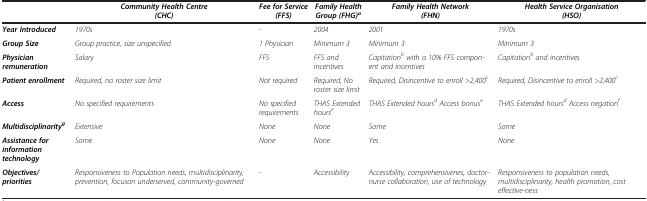
|  | Community Health Centre (CHC) | Fee for Service (FFS) | Family Health Group (FHG)a | Family Health Network (FHN) | Health Service Organisation (HSO) |
 | --- | --- | --- | --- | --- | --- |
 | Year Introduced | 1970s | - | 2004 | 2001 | 1970s |
 | Group Size | Group practice, size unspecified | 1 Physician | Minimum 3 | Minimum 3 | Minimum 3 |
 | Physician remuneration | Salary | FFS | FFS and incentives | Capitationbwith a 10% FFS compon-ent and incentives | Capitationband incentives |
 | Patient enrollment | Required, no roster size limit | Not required | Required, No roster size limit | Required, Disincentive to enroll >2,400c | Required, Disincentive to enroll >2,400c |
 | Access | No specified requirements | No specified requirements | THAS Extended hourse | THAS Extended hoursdAccess bonuse | THAS Extended hoursdAccess negationf |
 | Multidisciplinarityg | Extensive | None | None | Some | Some |
 | Assistance for information technology | Some | None | None | Yes | None |
 | Objectives/ priorities | Responsiveness to Population needs, multidisciplinarity, prevention, focuson underserved, community-governed | - | Accessibility | Accessibility, comprehensivenes, doctor-nurse collaboration, use of technology | Responsiveness to population needs, multidisciplinarity, health promotion, cost effective-ness |